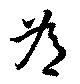
為